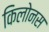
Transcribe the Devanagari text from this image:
किलोनस